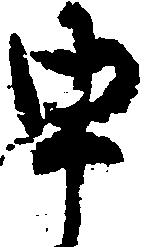
申